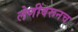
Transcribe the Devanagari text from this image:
लेणींवरूनच